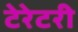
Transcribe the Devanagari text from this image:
टेरेटरी